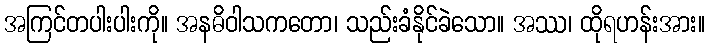
အကြင်တပါးပါးကို။ အနဓိဝါသကတော၊ သည်းခံနိုင်ခဲသော။ အဿ၊ ထိုရဟန်းအား။